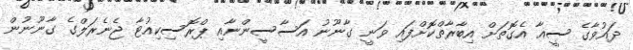
ދައުވާގެ ސީޣާ އެގޮތަށް އިބާރާތްކޮށްފައި ވަނީ ގާނޫނު އަސާސީންނާއި ޕްރޮސިކިއުޓާ ޖެނެރަލްގެ ގާނޫނުން